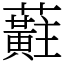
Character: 蘣